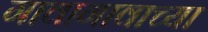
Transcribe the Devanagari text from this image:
गावागावाच्या